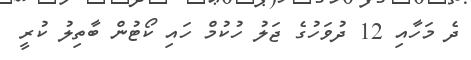
ދެ މަހާއި 12 ދުވަހުގެ ޖަލު ހުކުމް ހައި ކޯޓުން ބާތިލު ކުރީ